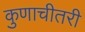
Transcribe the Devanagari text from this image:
कुणाचीतरी